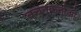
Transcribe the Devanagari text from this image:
बचतकर्ताओं